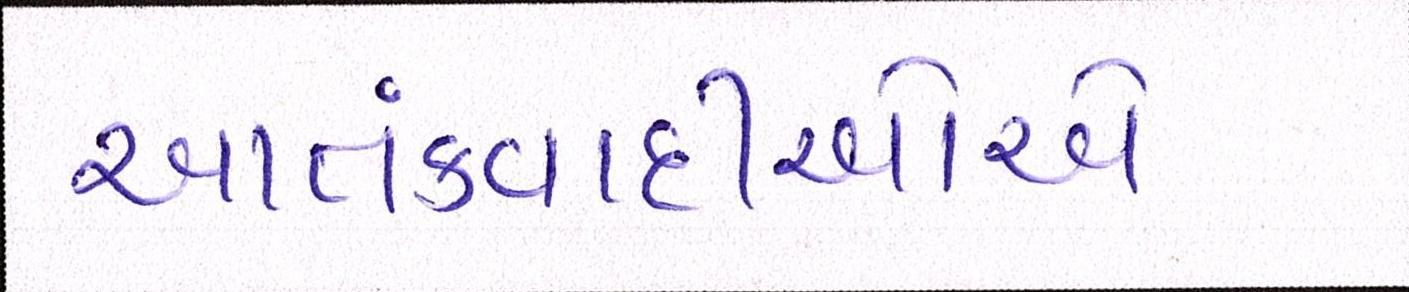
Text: આતંકવાદીઓેએ